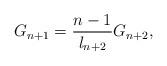
LaTeX: \begin{align*} G_{n+1} = \frac{n-1}{ l_{n+2}}G_{n+2},\end{align*}